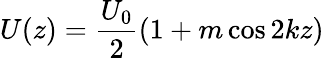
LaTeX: U(z)=\frac{U_{0}}{2}(1+m\cos 2kz)